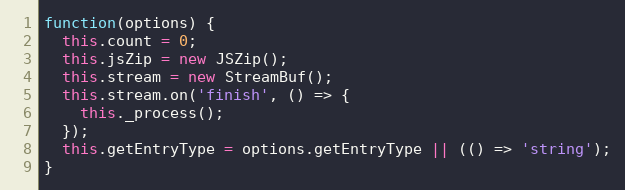
Language: JavaScript
function(options) {
  this.count = 0;
  this.jsZip = new JSZip();
  this.stream = new StreamBuf();
  this.stream.on('finish', () => {
    this._process();
  });
  this.getEntryType = options.getEntryType || (() => 'string');
}